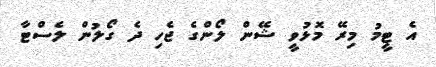
އެ ޓީމު މިރޭ މޮޅުވީ ޝޭން ލޯންގެ ޖެހި ދެ ގޯލުން ލެސްޓާ